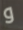
و